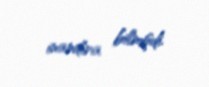
inandıra bilmişdi.